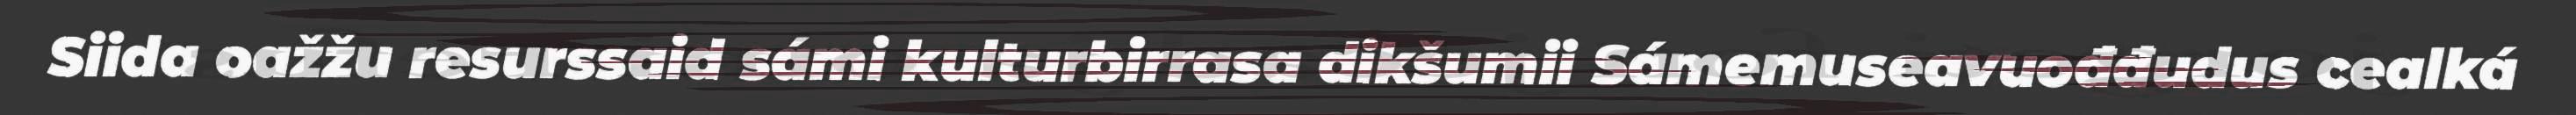
Siida oažžu resurssaid sámi kulturbirrasa dikšumii Sámemuseavuođđudus cealká